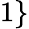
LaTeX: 1\}